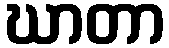
ဃာတာ